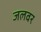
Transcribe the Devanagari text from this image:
जलवर